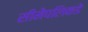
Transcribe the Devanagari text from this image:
सीमेपलिकडे